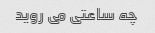
چه ساعتی می روید